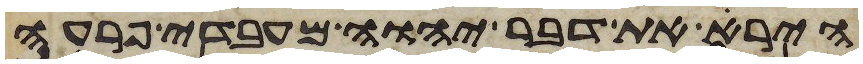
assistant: הירא את דבר יהוה מעבדי פרעה